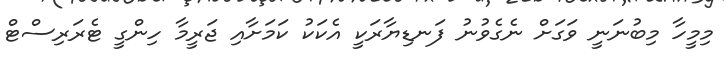
މިމީހާ މިބުނަނީ ވަގަށް ނެގެވުނު ފަނޑިޔާރަކީ އެކަކު ކަމަށާއި ޖަރީމާ ހިންގީ ޓެރަރިސްޓް